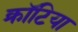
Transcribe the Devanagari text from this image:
क्रॉटिया